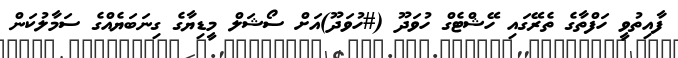
ފާއިތުވީ ހަފްތާގެ ތެރޭގައި ހޭޝްޓެގް ހުވަދޫ (#ހުވަދޫ)އަށް ސޯޝަލް މީޑިޔާގެ ގިނަބަޔެއްގެ ސަމާލުކަން